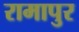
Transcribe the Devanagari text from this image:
रामापुर